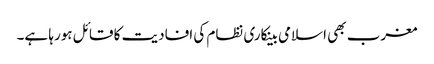
مغرب بھی اسلامی بینکاری نظام کی افادیت کا قائل ہورہا ہے۔